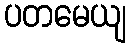
ပတမေယျ